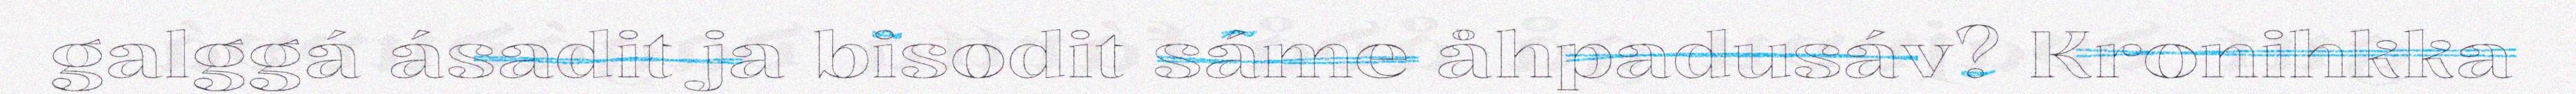
galggá ásadit ja bisodit sáme åhpadusáv? Kronihkka